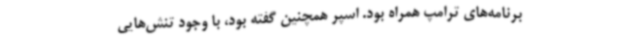
برنامه‌های ترامپ همراه بود. اسپر همچنین گفته بود، با وجود تنش‌هایی